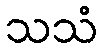
သသံ